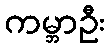
ကမ္ဘာဦး